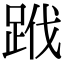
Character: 𨀳